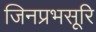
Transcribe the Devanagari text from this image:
जिनप्रभसूरि